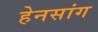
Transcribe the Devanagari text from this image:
हेनसांग